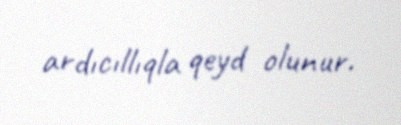
ardıcıllıqla qeyd olunur.